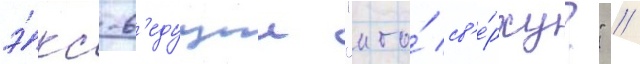
э́кс-в'едущии "кто́ св'е́рху?" //